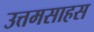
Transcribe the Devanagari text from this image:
उत्तमसाहस